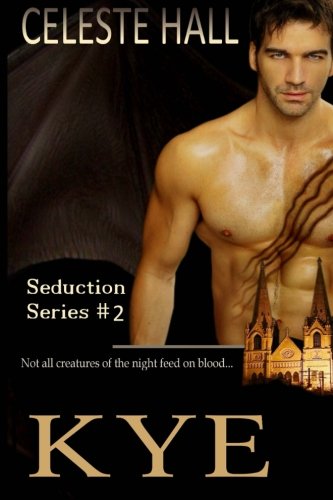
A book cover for Kye: Seduction Series (Dream Seductions); Celeste Hall; Romance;